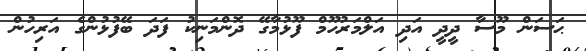
ޙަސަން މޫސާ ދީދީ އަދި އަލްމަރުހޫމް ފޫޅުމާގޭ ދޮންމަނިކު ފަދަ ބޭފުޅުންގެ އަރިހުން